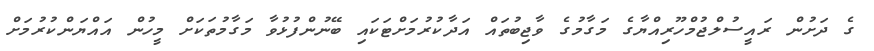
ގެ ދަށުން ރައީސުލްޖުމްހޫރިއްޔާގެ މަގާމުގެ ވާޖިބުތައް އަދާކުރުމަށްޓަކައި ބޭނުންފުޅުވާ މަގާމުތަކަށް މީހުން އައްޔަންކުރުމަށް